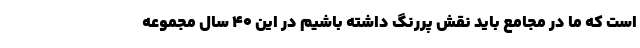
است که ما در مجامع باید نقش پررنگ داشته باشیم در این ۴۰ سال مجموعه